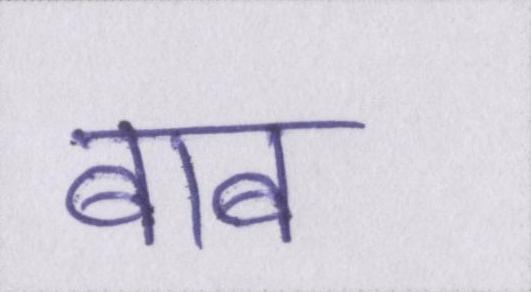
बाब